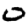
Digit: 0